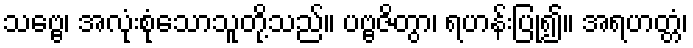
သဗ္ဗေ၊ အလုံးစုံသောသူတို့သည်။ ပဗ္ဗဇိတွာ၊ ရဟန်းပြု၍။ အရဟတ္တံ၊